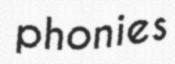
phonies